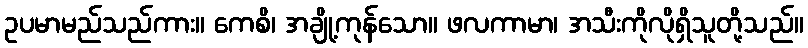
ဥပမာမည်သည်ကား။ ကေစိ၊ အချို့ကုန်သော။ ဖလကာမာ၊ အသီးကိုလိုရှိသူတို့သည်။